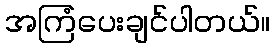
အကြံပေးချင်ပါတယ်။